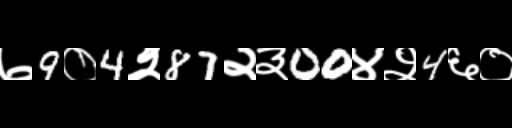
Text: ७9०4२87२३00४२4६०